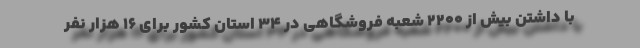
با داشتن بیش از 2200 شعبه فروشگاهی در 34 استان کشور برای 16 هزار نفر